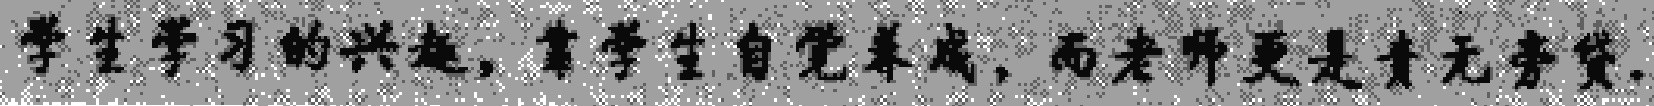
学生学习的兴趣，靠学生自觉养成，而老师更是责无旁贷.